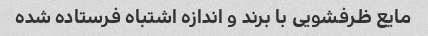
مایع ظرفشویی با برند و اندازه اشتباه فرستاده شده